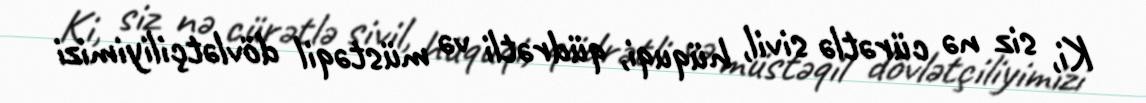
Ki, siz nə cürətlə sivil, hüquqi, qüdrətli və müstəqil dövlətçiliyimizi